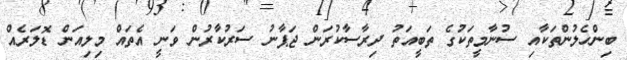
ބިންހެލުންތަކާއި ސުނާމީތަކުގެ ތަބީއަތު ދިރާސާކުރަން ޖަޕާނު ސަރުކާރުން ވަނީ އެތައް މިލިއަން ޑޮލަރެއް